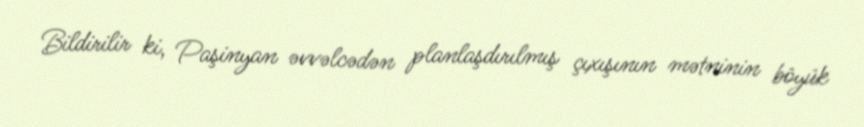
Bildirilir ki, Paşinyan əvvəlcədən planlaşdırılmış çıxışının mətninin böyük